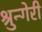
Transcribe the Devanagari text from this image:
श्रुन्गेरी